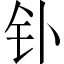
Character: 钋